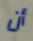
أن